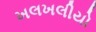
ખલખલીયો